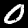
Digit: 0